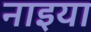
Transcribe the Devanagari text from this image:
नाइया